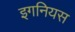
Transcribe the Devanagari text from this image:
इगनियस